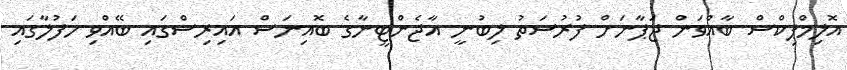
އޮލިމްޕިކްސް ބާއްވަން ޖަޕާނަށް ފުރުސަތު ލިބުނީ އާޖެންޓީނާގެ ބޮއިނަސް އައިރިސްގައި ބޭއްވި ހަފުލާގައި